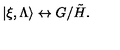
| \xi , \Lambda \rangle \leftrightarrow G / \tilde { H } .